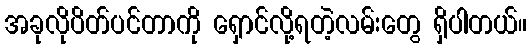
အခုလိုပိတ်ပင်တာကို ရှောင်လို့ရတဲ့လမ်းတွေ ရှိပါတယ်။